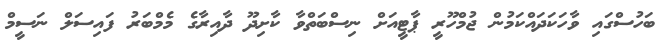
ބަހުސްގައި ވާހަކަދައްކަމުން ޖުމްހޫރީ ޕާޓީއަށް ނިސްބަތްވާ ކާށިދޫ ދާއިރާގެ މެމްބަރު ފައިސަލް ނަސީމް